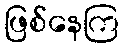
ဖြစ်နေကြ